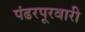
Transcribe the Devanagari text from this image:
पंढरपूरवारी